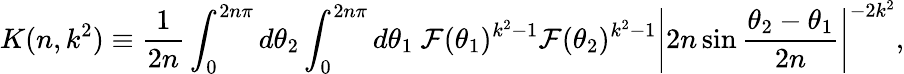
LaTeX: K(n,k^{2})\equiv\frac{1}{2n}\int_{0}^{2n\pi}d\theta_{2}\int_{0}^{2n\pi}d\theta_{1}~{\cal F}(\theta_{1})^{k^{2}-1}{\cal F}(\theta_{2})^{k^{2}-1}\left|2n\sin\frac{\theta_{2}-\theta_{1}}{2n}\right|^{-2k^{2}},